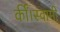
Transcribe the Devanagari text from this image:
कीं।स्वामी